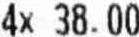
4X 38.00